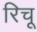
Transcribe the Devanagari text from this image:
रिचू